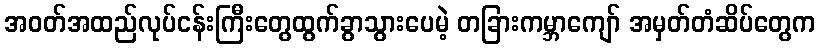
အဝတ်အထည်လုပ်ငန်းကြီးတွေထွက်ခွာသွားပေမဲ့ တခြားကမ္ဘာကျော် အမှတ်တံဆိပ်တွေက